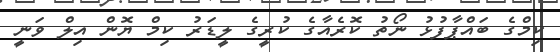
ކިމްގެ ބައްޕާފުޅު ނޯތު ކޮރެއާގެ ކުރީގެ ލީޑަރު ކިމް ޔޮން އިލް ވަނީ